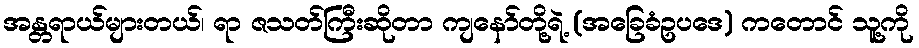
အန္တရာယ်များတယ်၊ ရာ ဇသတ်ကြီးဆိုတာ ကျနော်တို့ရဲ့ (အခြေခံဥပဒေ) ကတောင် သူ့ကို